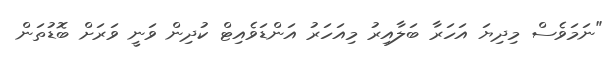
"ނަމަވެސް މިދިޔަ އަހަރާ ބަލާއިރު މިއަހަރު އަންޑަވެއިޓް ކުދިން ވަނީ ވަރަށް ބޮޑުތަން